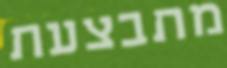
מתבצעת